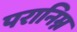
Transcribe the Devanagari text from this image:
परानिम्न